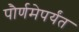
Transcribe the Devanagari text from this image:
पौर्णमेपर्यंत